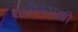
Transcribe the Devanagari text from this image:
पाठीसारखी